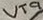
Text: VT9